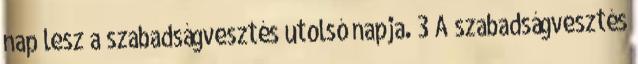
nap lesz a szabadságvesztés utolsó napja. 3 A szabadságvesztés